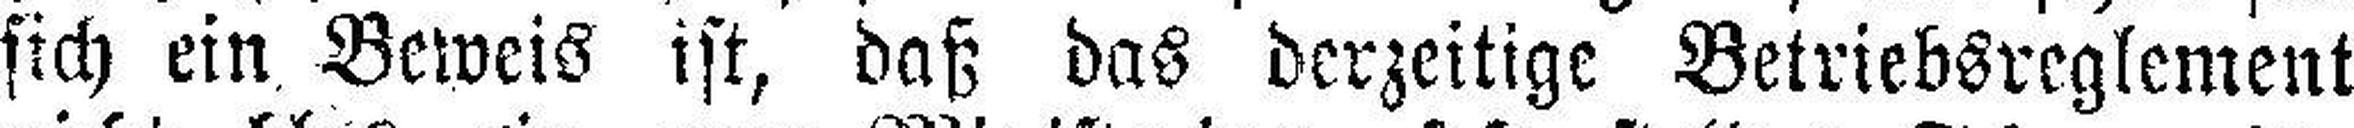
sich ein Beweis ist, daß das derzeitige Betriebsreglement